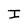
Character: I